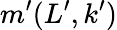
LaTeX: m^{\prime}(L^{\prime},k^{\prime})